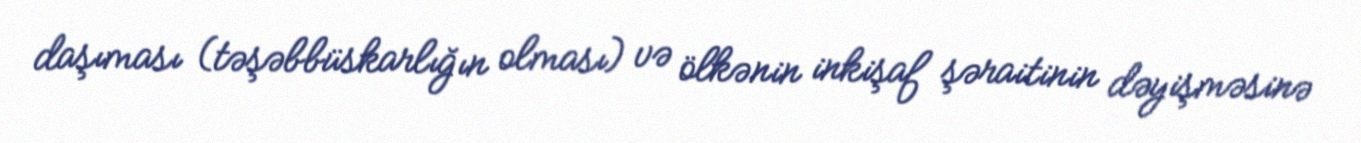
daşıması (təşəbbüskarlığın olması) və ölkənin inkişaf şəraitinin dəyişməsinə